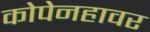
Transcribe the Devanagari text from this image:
कोपेनहावर